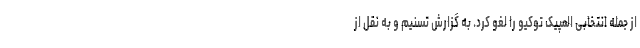
از جمله انتخابی المپیک توکیو را لغو کرد. به گزارش تسنیم و به نقل از